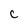
Character: c